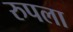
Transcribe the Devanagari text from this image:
रुपला